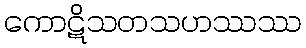
ကောဋိသတသဟဿဿ